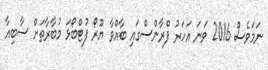
ނަމަވެސް 2016 ވަނަ އަހަރު ފްރާންސްގައި ބާއްވާ ޔޫރޯ ފުޓްބޯޅަ މުބާރާތަށް ސާބިއާ